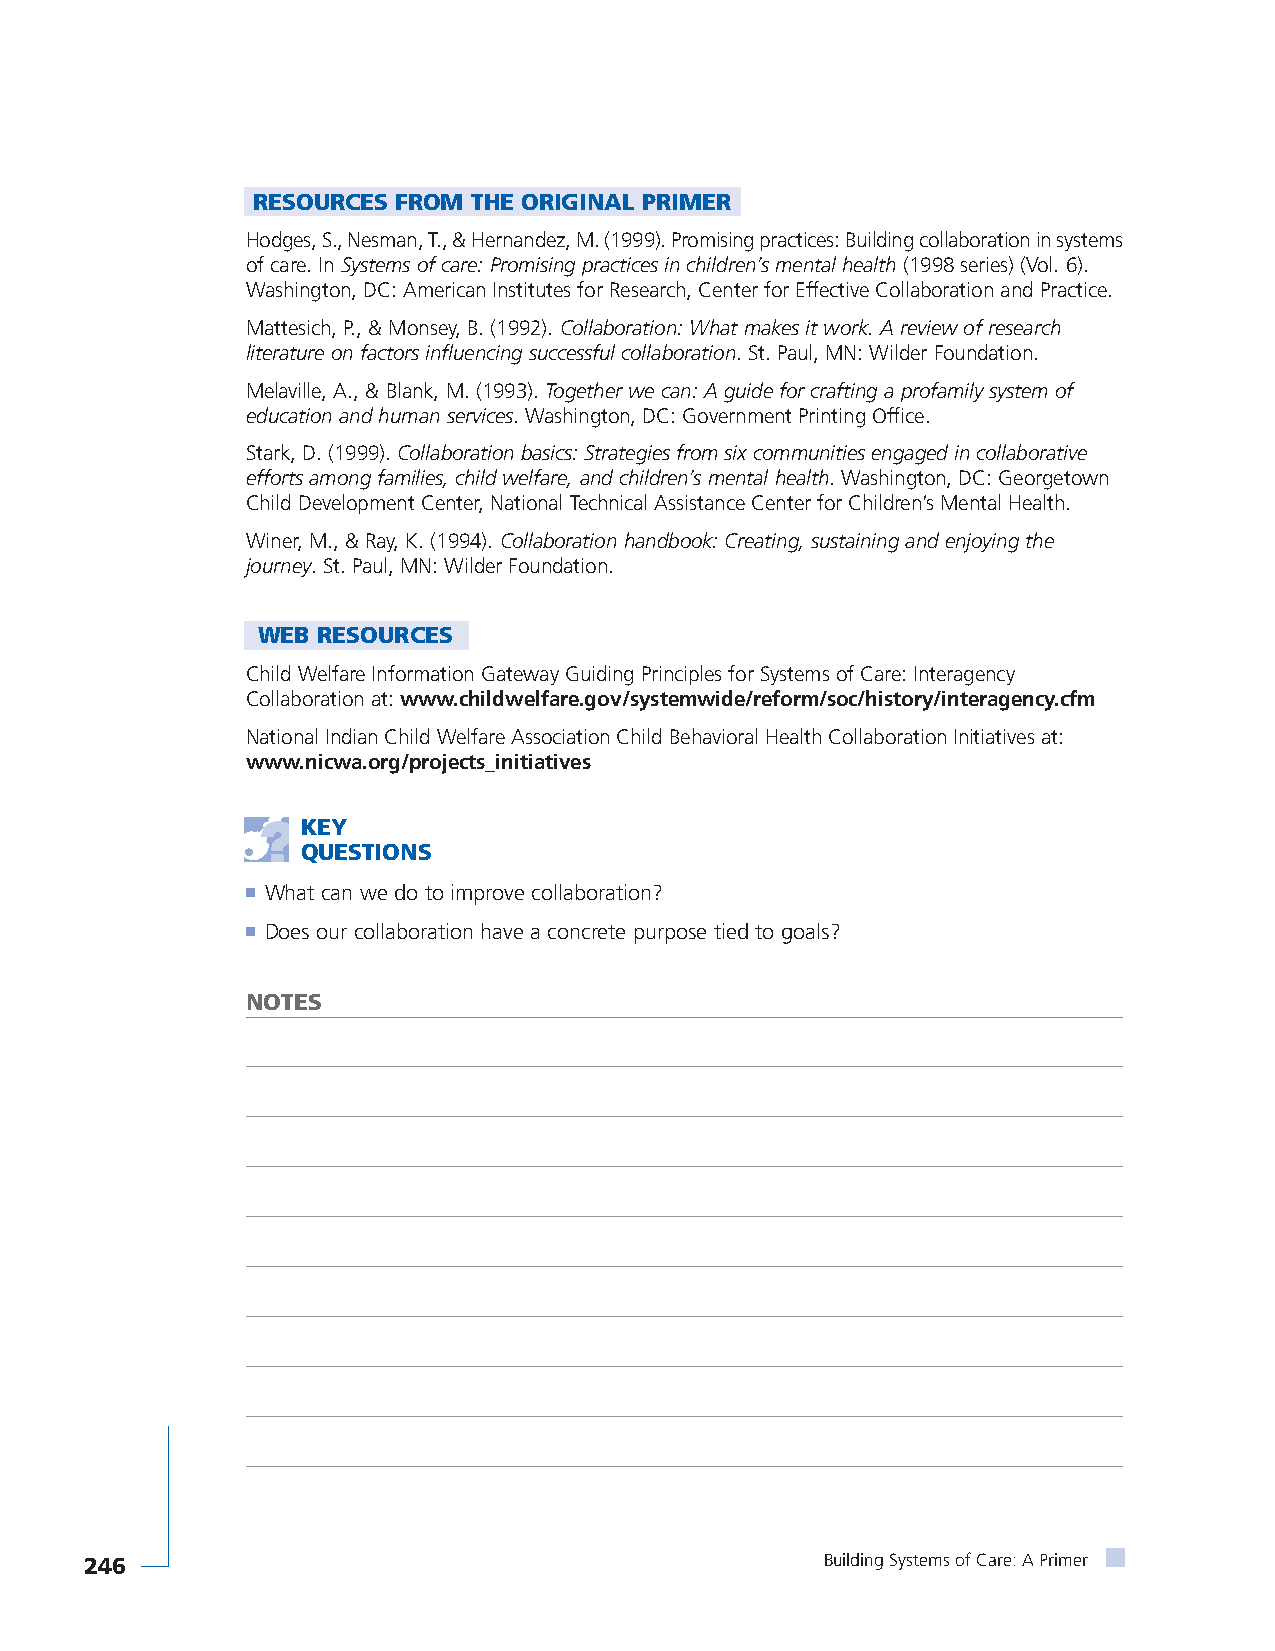
RESOURCES FROM THE ORIGINAL PRIMER
 Hodges, S., Nesman, T., & Hernandez, M. (1999). Promising practices: Building collaboration in systems
 of care. In Systems of care: Promising practices in children’s mental health(1998 series) (Vol. 6).
 Washington, DC: American Institutes for Research, Center for Effective Collaboration and Practice.
 Mattesich, P., & Monsey, B. (1992). Collaboration: What makes it work. A review of research
 literature on factors influencing successful collaboration. St. Paul, MN: Wilder Foundation.
 Melaville, A., & Blank, M. (1993). Together we can: A guide for crafting a profamily system of
 education and human services. Washington, DC: Government Printing Office.
 Stark, D. (1999). Collaboration basics: Strategies from six communities engaged in collaborative
 efforts among families, child welfare, and children’s mental health. Washington, DC: Georgetown
 Child Development Center, National Technical Assistance Center for Children’s Mental Health.
 Winer, M., & Ray, K. (1994). Collaboration handbook: Creating, sustaining and enjoying the
 journey. St. Paul, MN: Wilder Foundation.
 WEB RESOURCES
 Child Welfare Information Gateway Guiding Principles for Systems of Care: Interagency
 Collaboration at: www.childwelfare.gov/systemwide/reform/soc/history/interagency.cfm
 National Indian Child Welfare Association Child Behavioral Health Collaboration Initiatives at:
 www.nicwa.org/projects_initiatives
 KEY
 QUESTIONS
 ■ What can we do to improve collaboration?
 ■ Does our collaboration have a concrete purpose tied to goals?
 NOTES
 246                                              Building Systems of Care: A Primer